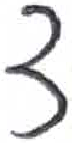
אות: צ